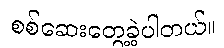
စစ်ဆေးတွေ့ခဲ့ပါတယ်။